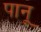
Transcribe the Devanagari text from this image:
पानू